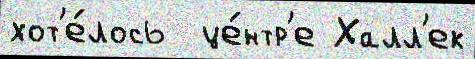
хот'е́лось  це́нтр'е Халл'ек